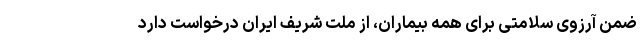
ضمن آرزوی سلامتی برای همه بیماران، از ملت شریف ایران درخواست دارد